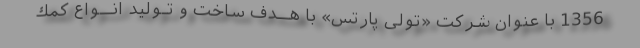
1356 با عنوان شركت «تولی پارتس» با هــدف ساخت و تـولید انــواع كمك